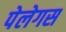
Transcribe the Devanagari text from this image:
पेलेगस